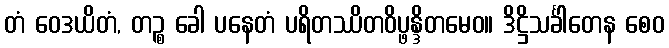
တံ ဝေဒယိတံ, တဉ္စ ခေါ ပနေတံ ပရိတဿိတဝိပ္ဖန္ဒိတမေဝ။ ဒိဋ္ဌိသင်္ခါတေန စေဝ